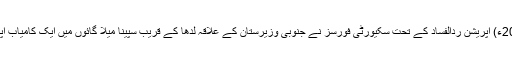
23 جون2018ء) آپریشن ردالفساد کے تحت سکیورٹی فورسز نے جنوبی وزیرستان کے علاقہ لدھا کے قریب سپینا میلا گائوں میں ایک کامیاب آپریشن کیا ہے۔